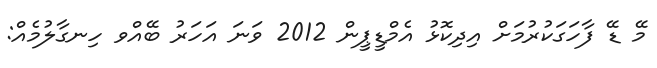
މޭ ޑޭ ފާހަގަކުރުމަށް އިދިކޮޅު އެމްޑީޕީން 2012 ވަނަ އަހަރު ބޭއްވ ހިނގާލުމެއް: